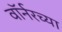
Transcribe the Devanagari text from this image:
वॉर्नरच्या